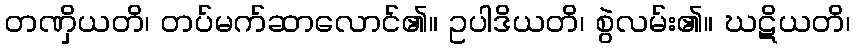
တဏှိယတိ၊ တပ်မက်ဆာလောင်၏။ ဥပါဒိယတိ၊ စွဲလမ်း၏။ ဃဋိယတိ၊